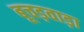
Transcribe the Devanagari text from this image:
बूचड़वाड़ा